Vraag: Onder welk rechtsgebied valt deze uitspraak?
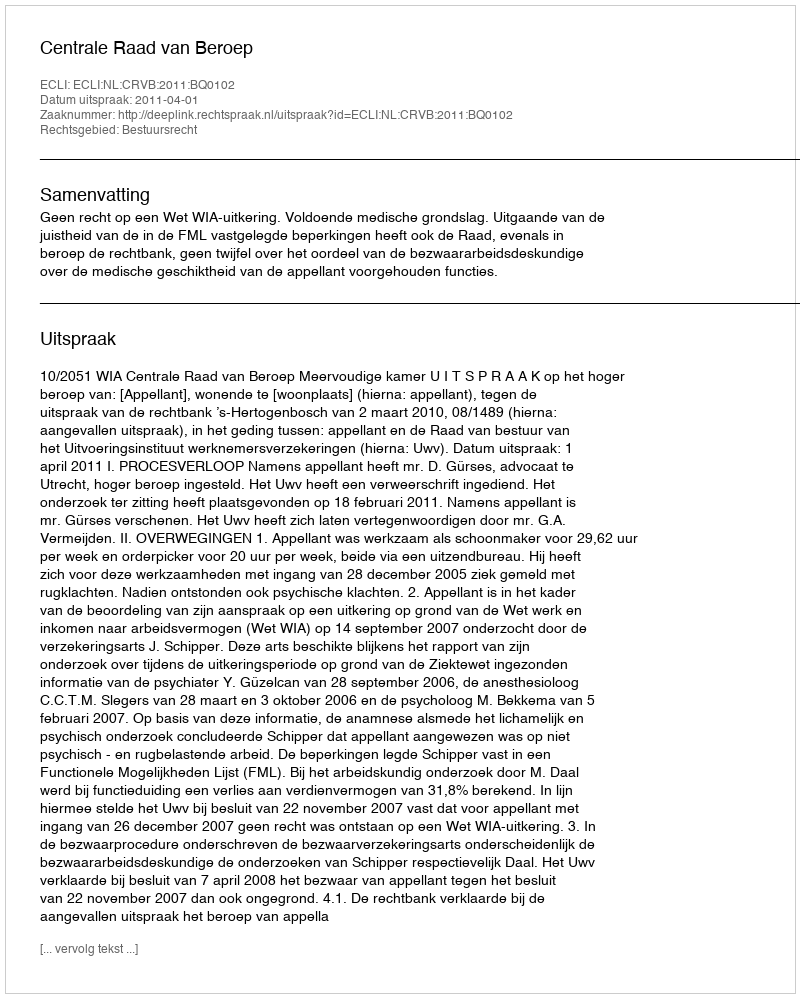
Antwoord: Bestuursrecht